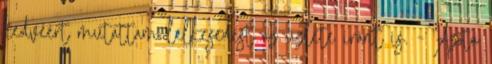
kedvéért mutattam lelkesedést az üzlete iránt is. - Azóta